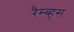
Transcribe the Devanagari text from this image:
रैम्ब्हस